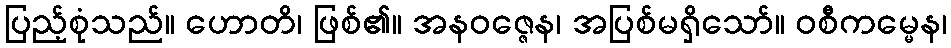
ပြည့်စုံသည်။ ဟောတိ၊ ဖြစ်၏။ အနဝဇ္ဇေန၊ အပြစ်မရှိသော်။ ဝစီကမ္မေန၊